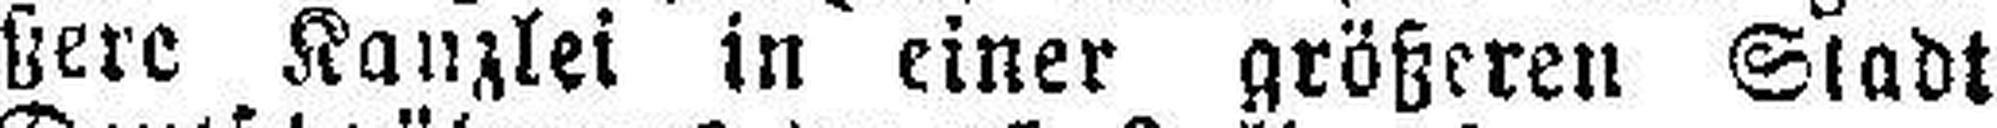
ßere Kanzlei in einer größeren Stadt